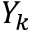
Y _ { k }